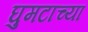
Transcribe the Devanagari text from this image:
घुमटाच्या